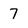
Character: 7